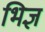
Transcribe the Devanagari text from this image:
भिज्ञ